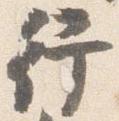
行